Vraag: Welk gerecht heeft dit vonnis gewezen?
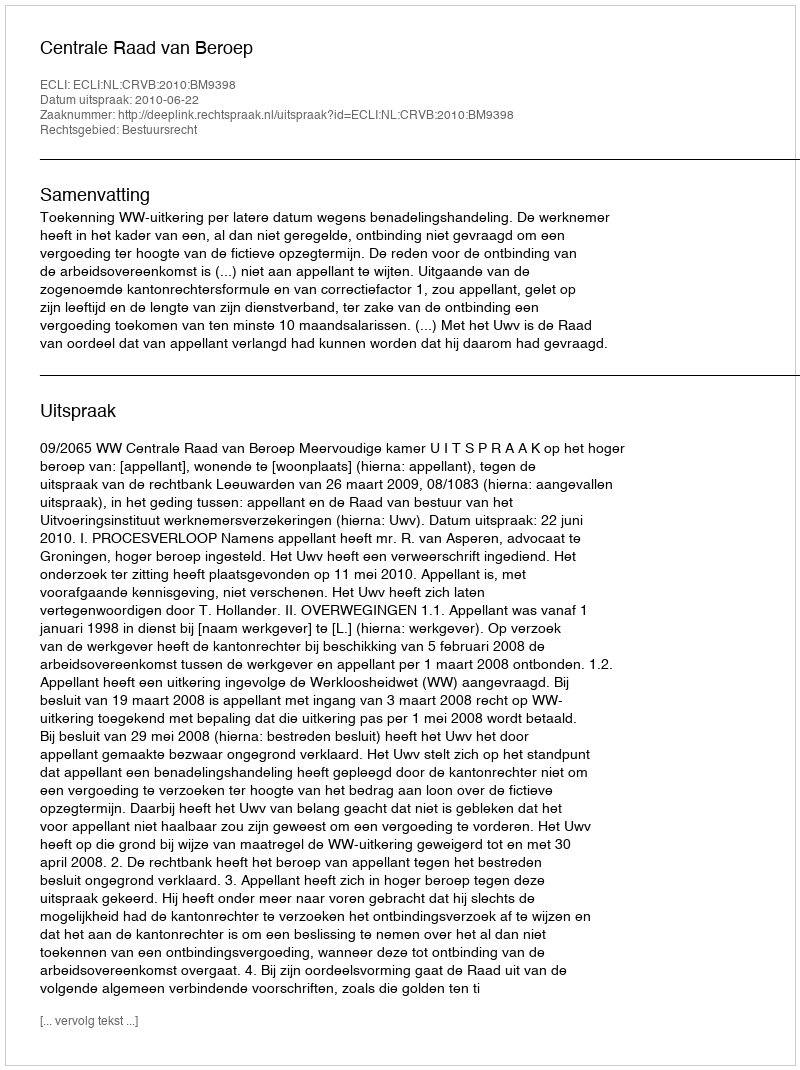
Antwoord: Centrale Raad van Beroep